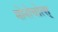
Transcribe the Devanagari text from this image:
मोनोचोत्स्